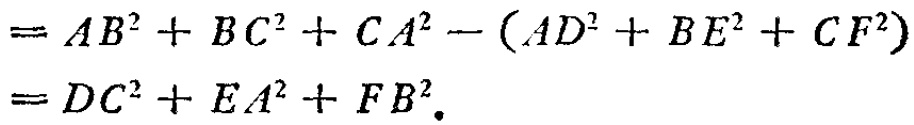
\[

\begin{align*}

&=AB^{2}+BC^{2}+CA^{2}-(AD^{2}+BE^{2}+CF^{2})\\

&=DC^{2}+EA^{2}+FB^{2}.

\end{align*}

\]